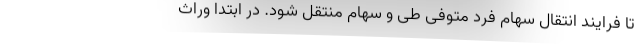
تا فرایند انتقال سهام فرد متوفی طی و سهام منتقل شود. در ابتدا وراث